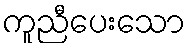
ကူညီပေးသော